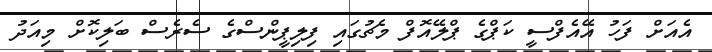
އެއަށް ފަހު އޭއެފްސީ ކަޕްގެ ޕްލޭއޮފް މެޗުގައި ފިލިޕީންސްގެ ސެރެސް ބަލިކޮށް މިއަދު